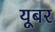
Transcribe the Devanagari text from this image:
यूबर